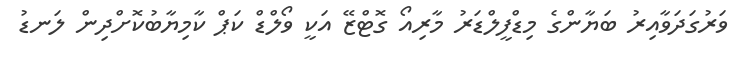
ވަރުގަދަވާއިރު ބަޔާންގެ މިޑްފީލްޑަރު މާރިއޯ ގޮޓްޒޭ އަކީ ވޯލްޑް ކަޕް ކާމިޔާބުކޮށްދިން ލަނޑު